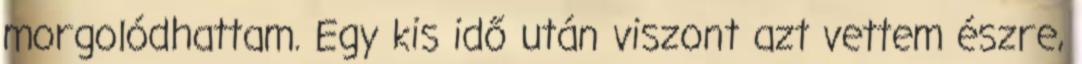
morgolódhattam. Egy kis idő után viszont azt vettem észre,